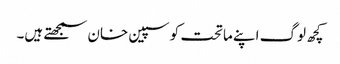
کچھ لوگ اپنے ماتحت کو سپین خان سمجھتے ہیں۔